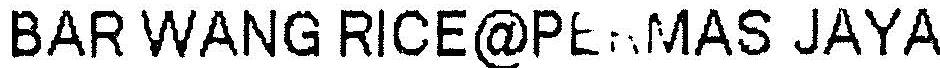
BAR WANG RICE@PERMAS JAYA